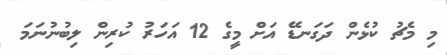
މި މެޗު ކުޅެން ދަގަނޑޭ އަށް މީގެ 12 އަހަރު ކުރިން ލިބުނުނަމަ